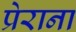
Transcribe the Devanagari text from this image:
प्रेराना